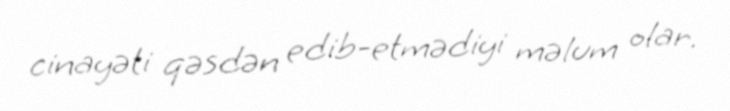
cinayəti qəsdən edib-etmədiyi məlum olar.